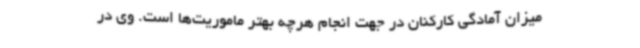
میزان آمادگی کارکنان در جهت انجام هرچه بهتر ماموریت‌ها است. وی در